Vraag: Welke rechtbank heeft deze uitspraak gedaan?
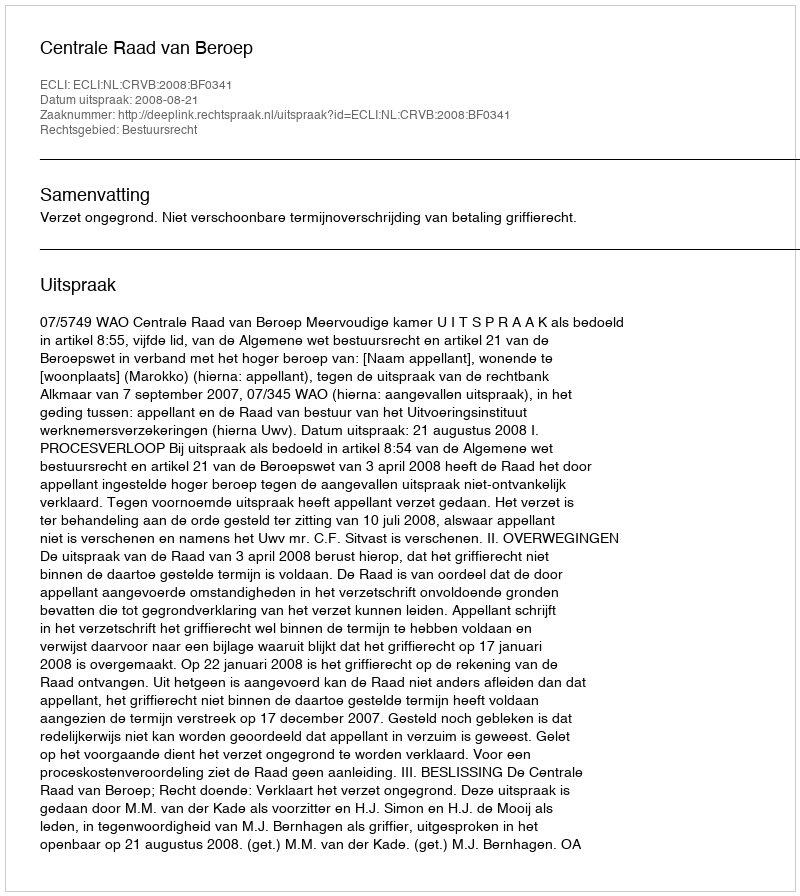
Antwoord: Centrale Raad van Beroep